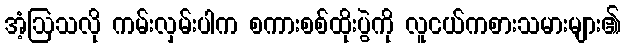
အံ့ဩသလို ကမ်းလှမ်းပါက စကားစစ်ထိုးပွဲကို လူငယ်ကစားသမားများ၏